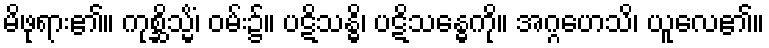
မိဖုရား၏။ ကုစ္ဆိသ္မိံ၊ ဝမ်း၌။ ပဋိသန္ဓိ၊ ပဋိသန္ဓေကို။ အဂ္ဂဟေသိ၊ ယူလေ၏။